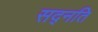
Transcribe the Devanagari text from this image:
सद्नति